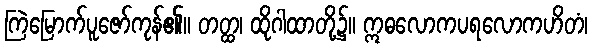
ကြဲမြောက်ပူဇော်ကုန်၏။ တတ္ထ၊ ထိုဂါထာတို့၌။ ဣဓလောကပရလောကဟိတံ၊